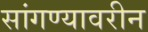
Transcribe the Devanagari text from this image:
सांगण्यावरीन